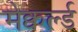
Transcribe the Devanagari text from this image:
मेक्वर्ल्ड